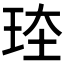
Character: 𪻗